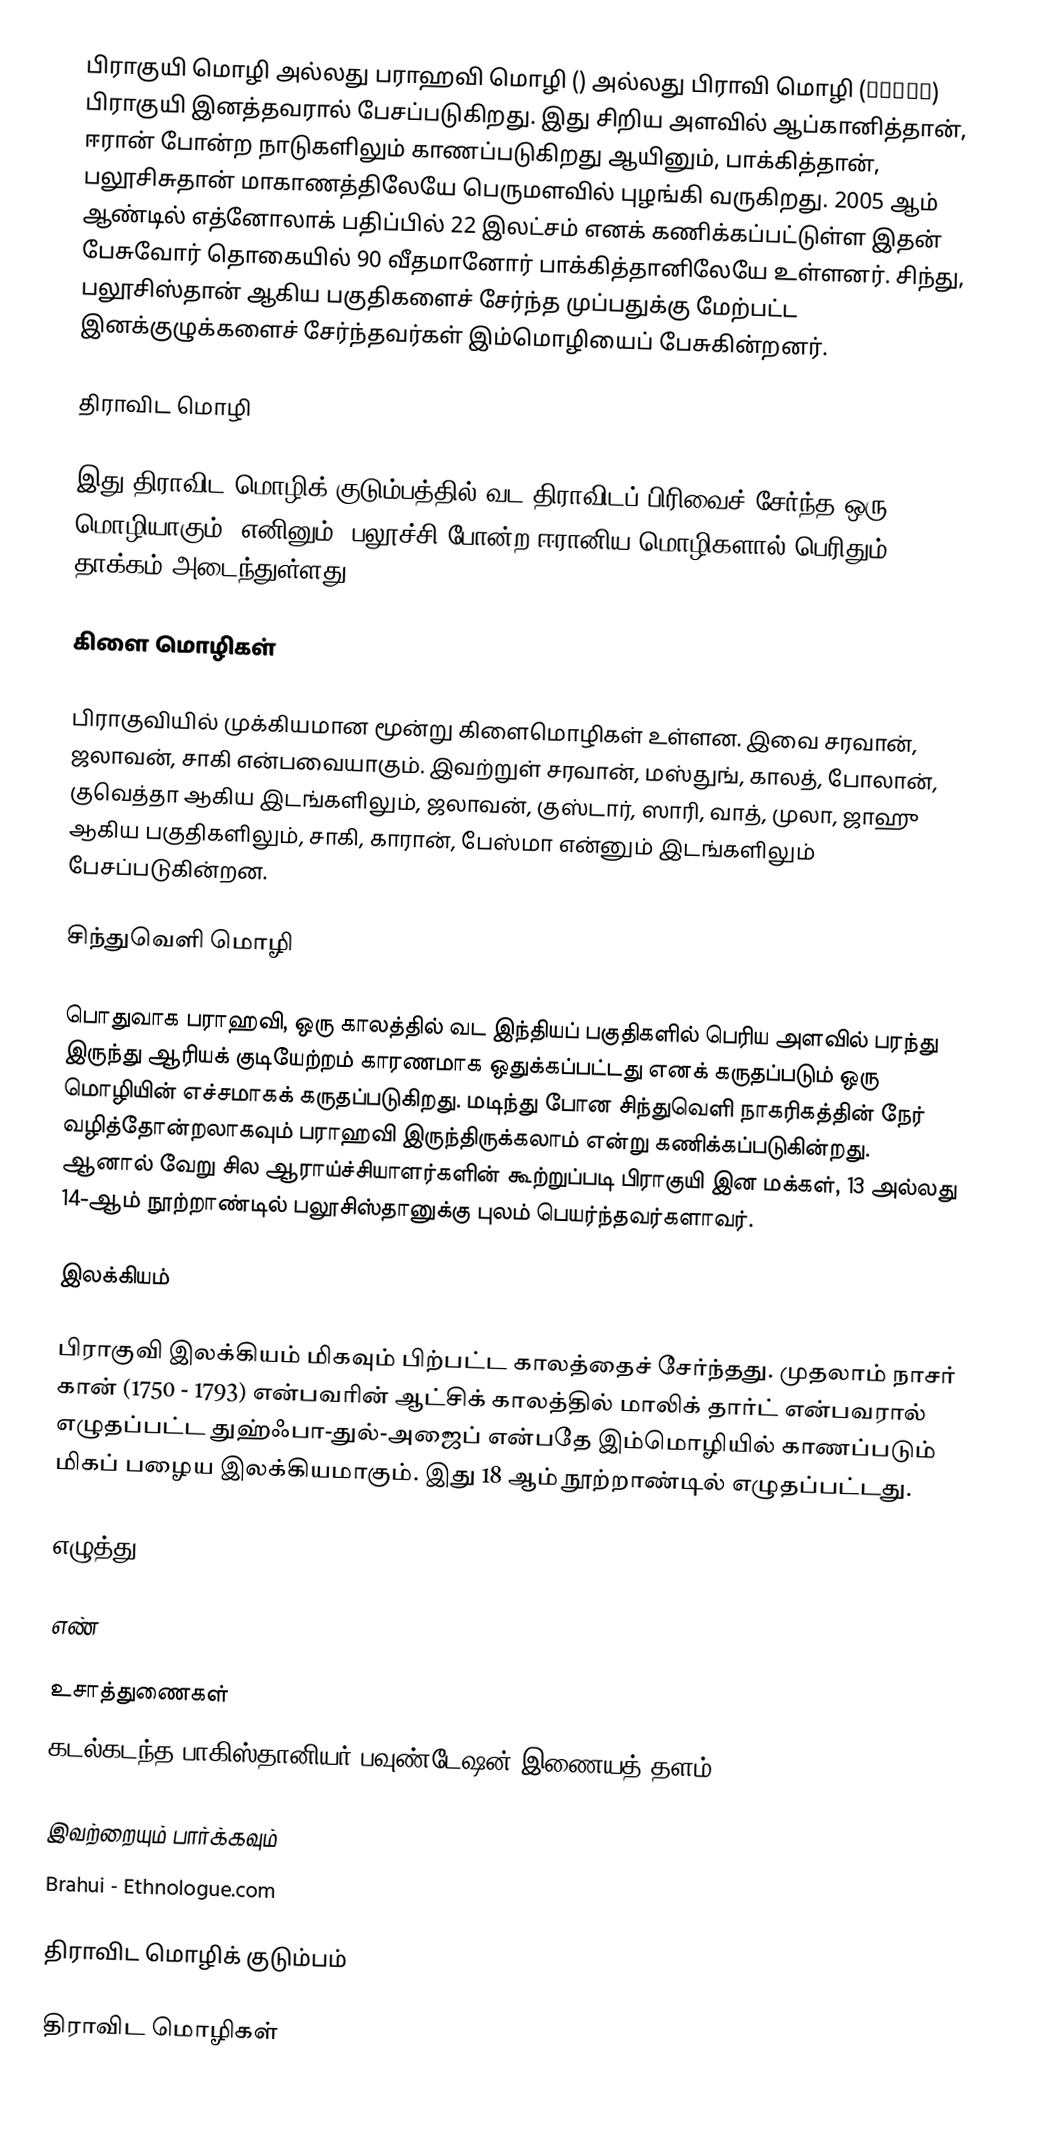
பிராகுயி மொழி அல்லது பராஹவி மொழி () அல்லது பிராவி மொழி (براوِ) பிராகுயி இனத்தவரால் பேசப்படுகிறது. இது சிறிய அளவில் ஆப்கானித்தான், ஈரான் போன்ற நாடுகளிலும் காணப்படுகிறது ஆயினும், பாக்கித்தான், பலூசிசுதான்  மாகாணத்திலேயே பெருமளவில் புழங்கி வருகிறது. 2005 ஆம் ஆண்டில் எத்னோலாக் பதிப்பில் 22 இலட்சம் எனக் கணிக்கப்பட்டுள்ள இதன் பேசுவோர் தொகையில் 90 வீதமானோர் பாக்கித்தானிலேயே உள்ளனர். சிந்து, பலூசிஸ்தான் ஆகிய பகுதிகளைச் சேர்ந்த முப்பதுக்கு மேற்பட்ட இனக்குழுக்களைச் சேர்ந்தவர்கள் இம்மொழியைப் பேசுகின்றனர்.

திராவிட மொழி

இது திராவிட மொழிக் குடும்பத்தில் வட திராவிடப் பிரிவைச் சேர்ந்த ஒரு மொழியாகும். எனினும், பலூச்சி போன்ற ஈரானிய மொழிகளால் பெரிதும் தாக்கம் அடைந்துள்ளது.

கிளை மொழிகள்

பிராகுவியில் முக்கியமான மூன்று கிளைமொழிகள் உள்ளன. இவை சரவான், ஜலாவன், சாகி என்பவையாகும். இவற்றுள் சரவான், மஸ்துங், காலத், போலான், குவெத்தா ஆகிய இடங்களிலும், ஜலாவன், குஸ்டார், ஸாரி, வாத், முலா, ஜாஹு ஆகிய பகுதிகளிலும், சாகி, காரான், பேஸ்மா என்னும் இடங்களிலும் பேசப்படுகின்றன.

சிந்துவெளி மொழி

பொதுவாக பராஹவி, ஒரு காலத்தில் வட இந்தியப் பகுதிகளில் பெரிய அளவில் பரந்து இருந்து ஆரியக் குடியேற்றம் காரணமாக ஒதுக்கப்பட்டது எனக் கருதப்படும் ஒரு மொழியின் எச்சமாகக் கருதப்படுகிறது. மடிந்து போன சிந்துவெளி நாகரிகத்தின் நேர் வழித்தோன்றலாகவும் பராஹவி இருந்திருக்கலாம் என்று கணிக்கப்படுகின்றது. ஆனால் வேறு சில ஆராய்ச்சியாளர்களின் கூற்றுப்படி பிராகுயி இன மக்கள், 13 அல்லது 14-ஆம் நூற்றாண்டில் பலூசிஸ்தானுக்கு புலம் பெயர்ந்தவர்களாவர்.

இலக்கியம்

பிராகுவி இலக்கியம் மிகவும் பிற்பட்ட காலத்தைச் சேர்ந்தது. முதலாம் நாசர் கான் (1750 - 1793) என்பவரின் ஆட்சிக் காலத்தில் மாலிக் தார்ட் என்பவரால் எழுதப்பட்ட துஹ்ஃபா-துல்-அஜைப் என்பதே இம்மொழியில் காணப்படும் மிகப் பழைய இலக்கியமாகும். இது 18 ஆம் நூற்றாண்டில் எழுதப்பட்டது.

எழுத்து

எண்

உசாத்துணைகள்
 கடல்கடந்த பாகிஸ்தானியர் பவுண்டேஷன் இணையத் தளம்

இவற்றையும் பார்க்கவும்
 Brahui - Ethnologue.com

 திராவிட மொழிக் குடும்பம்

திராவிட மொழிகள்